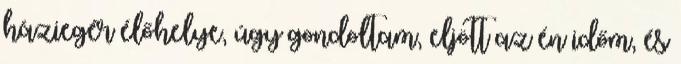
háziegér élőhelye, úgy gondoltam, eljött az én időm, és